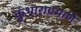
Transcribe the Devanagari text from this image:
कुंभाराप्रमाणे